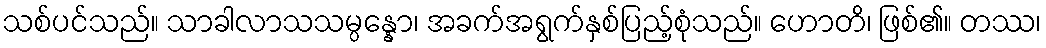
သစ်ပင်သည်။ သာခါလာသသမ္ပန္နော၊ အခက်အရွက်နှစ်ပြည့်စုံသည်။ ဟောတိ၊ ဖြစ်၏။ တဿ၊